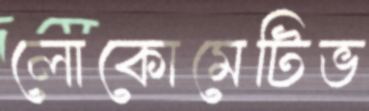
লোকোমেটিভ